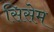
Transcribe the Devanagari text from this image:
सिसेम